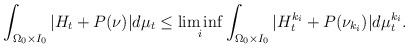
LaTeX: \begin{align*} \int_{\Omega_0\times I_0}|H_t&+P(\nu)|d\mu_t \le\liminf_i\int_{\Omega_0\times I_0}|H^{k_i}_t+ P(\nu_{k_i})|d\mu_t^{k_i}. \end{align*}